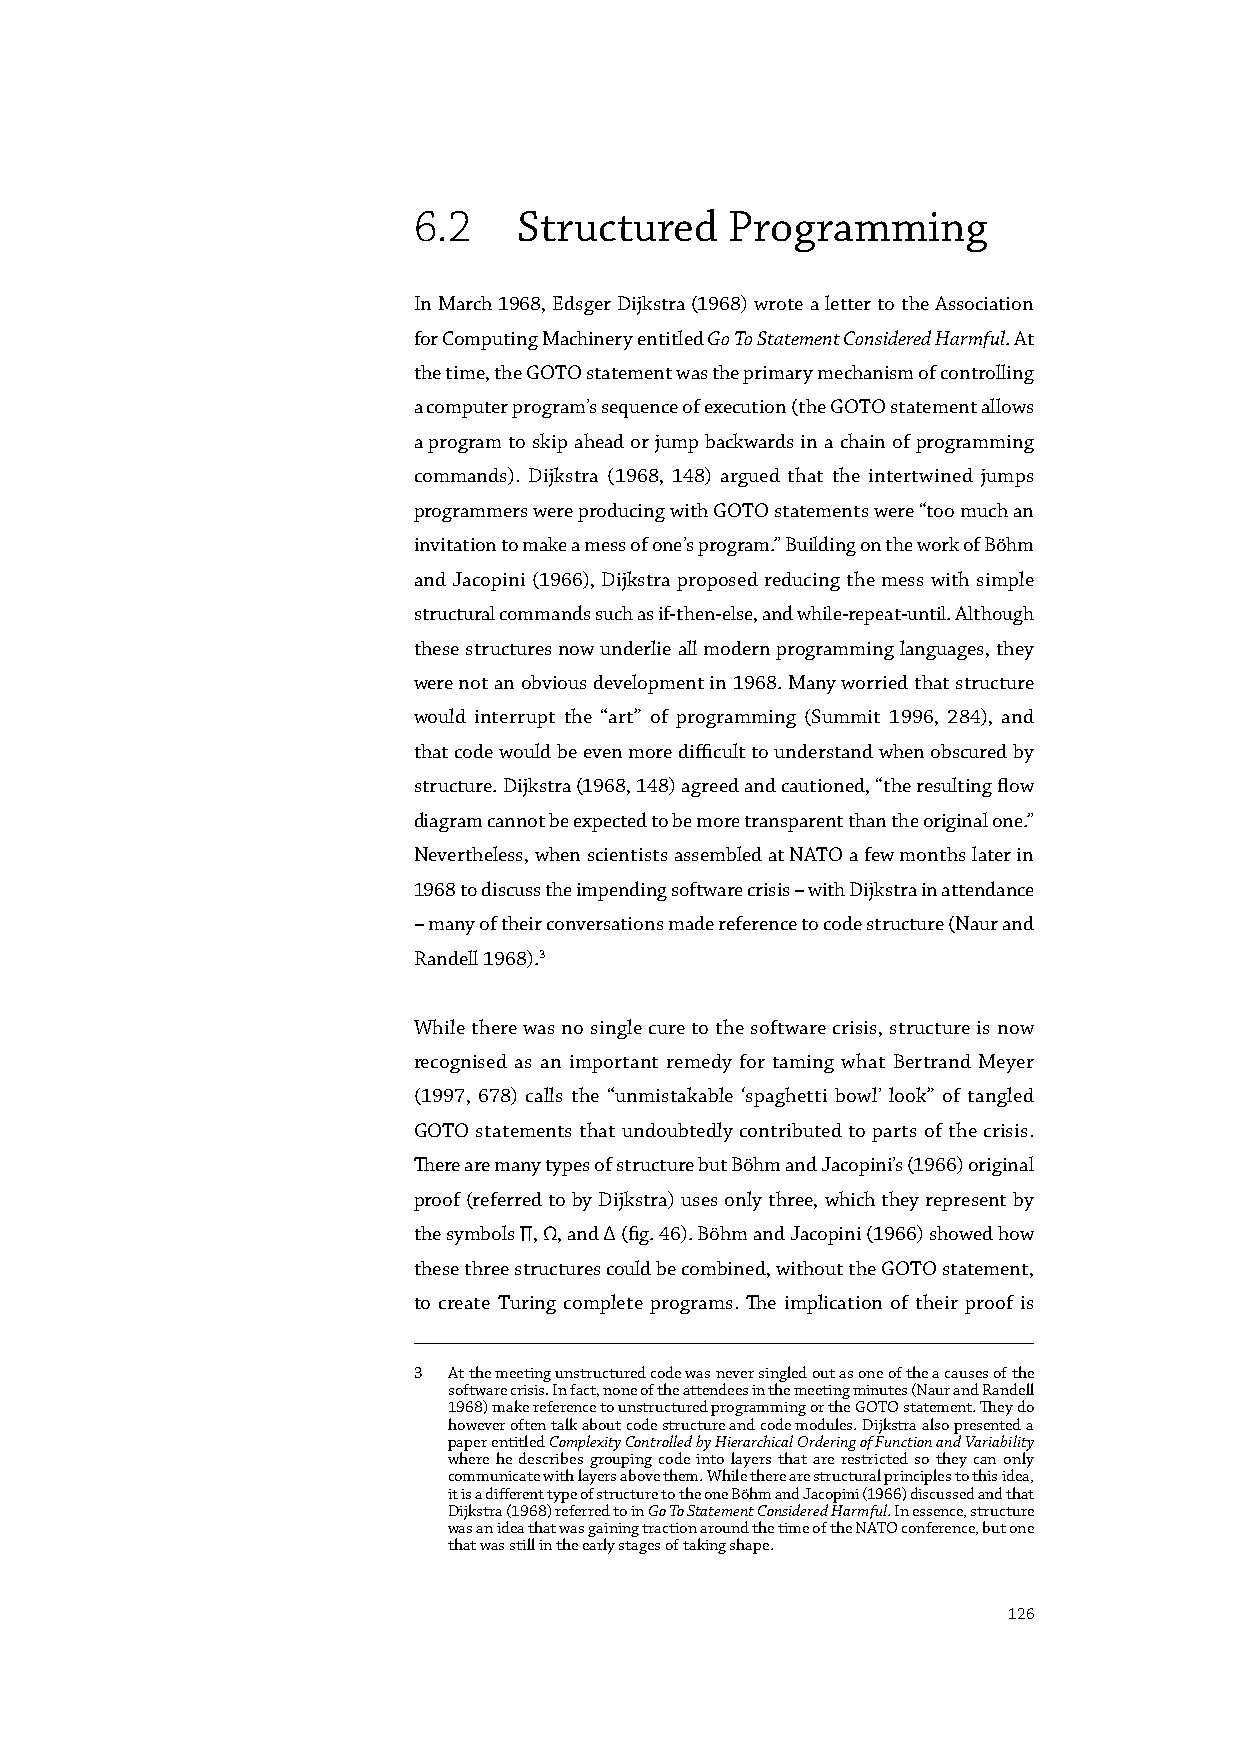
6.2    Structured    Programming
 In March 1968, Edsger Dijkstra (1968) wrote a letter to the Association
 for Computing Machinery entitled Go To Statement Considered Harmful. At
 the time, the GOTO statement was the primary mechanism of controlling
 a computer program’s sequence of execution (the GOTO statement allows
 a program to skip ahead or jump backwards in a chain of programming
 commands). Dijkstra (1968, 148) argued that the intertwined jumps
 programmers were producing with GOTO statements were “too much an
 invitation to make a mess of one’s program.” Building on the work of Böhm
 and Jacopini (1966), Dijkstra proposed reducing the mess with simple
 structural commands such as if-then-else, and while-repeat-until. Although
 these structures now underlie all modern programming languages, they
 were not an obvious development in 1968. Many worried that structure
 would interrupt the “art” of programming (Summit 1996, 284), and
 that code would be even more difficult to understand when obscured by
 structure. Dijkstra (1968, 148) agreed and cautioned, “the resulting flow
 diagram cannot be expected to be more transparent than the original one.”
 Nevertheless, when scientists assembled at NATO a few months later in
 1968 to discuss the impending software crisis – with Dijkstra in attendance
 – many of their conversations made reference to code structure (Naur and
 Randell 1968).3
 While there was no single cure to the software crisis, structure is now
 recognised as an important remedy for taming what Bertrand Meyer
 (1997, 678) calls the “unmistakable ‘spaghetti bowl’ look” of tangled
 GOTO statements that undoubtedly contributed to parts of the crisis.
 There are many types of structure but Böhm and Jacopini’s (1966) original
 proof (referred to by Dijkstra) uses only three, which they represent by
 the symbols ∏, Ω, and ∆ (fig. 46). Böhm and Jacopini (1966) showed how
 these three structures could be combined, without the GOTO statement,
 to create Turing complete programs. The implication of their proof is
 3  At the meeting unstructured code was never singled out as one of the a causes of the
 software crisis. In fact, none of the attendees in the meeting minutes (Naur and Randell
 1968) make reference to unstructured programming or the GOTO statement. They do
 however often talk about code structure and code modules. Dijkstra also presented a
 paper entitled Complexity Controlled by Hierarchical Ordering of Function and Variability
 where he describes grouping code into layers that are restricted so they can only
 communicate with layers above them. While there are structural principles to this idea,
 it is a different type of structure to the one Böhm and Jacopini (1966) discussed and that
 Dijkstra (1968) referred to in Go To Statement Considered Harmful. In essence, structure
 was an idea that was gaining traction around the time of the NATO conference, but one
 that was still in the early stages of taking shape.
 126